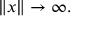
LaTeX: \| x \| \to \infty .